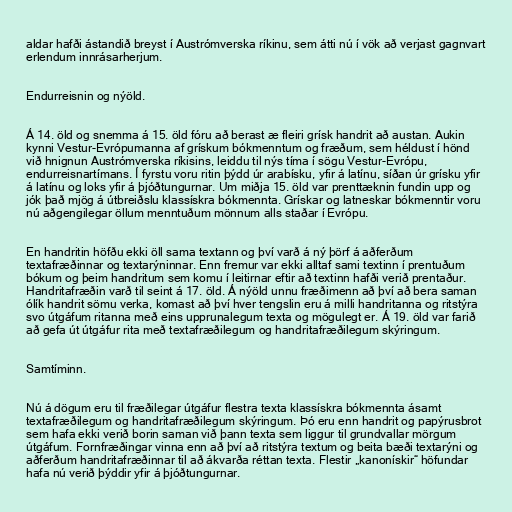
aldar hafði ástandið breyst í Austrómverska ríkinu, sem átti nú í vök að verjast gagnvart
erlendum innrásarherjum.

Endurreisnin og nýöld.

Á 14. öld og snemma á 15. öld fóru að berast æ fleiri grísk handrit að austan. Aukin
kynni Vestur-Evrópumanna af grískum bókmenntum og fræðum, sem héldust í hönd
við hnignun Austrómverska ríkisins, leiddu til nýs tíma í sögu Vestur-Evrópu,
endurreisnartímans. Í fyrstu voru ritin þýdd úr arabísku, yfir á latínu, síðan úr grísku yfir
á latínu og loks yfir á þjóðtungurnar. Um miðja 15. öld var prenttæknin fundin upp og
jók það mjög á útbreiðslu klassískra bókmennta. Grískar og latneskar bókmenntir voru
nú aðgengilegar öllum menntuðum mönnum alls staðar í Evrópu.

En handritin höfðu ekki öll sama textann og því varð á ný þörf á aðferðum
textafræðinnar og textarýninnar. Enn fremur var ekki alltaf sami textinn í prentuðum
bókum og þeim handritum sem komu í leitirnar eftir að textinn hafði verið prentaður.
Handritafræðin varð til seint á 17. öld. Á nýöld unnu fræðimenn að því að bera saman
ólík handrit sömu verka, komast að því hver tengslin eru á milli handritanna og ritstýra
svo útgáfum ritanna með eins upprunalegum texta og mögulegt er. Á 19. öld var farið
að gefa út útgáfur rita með textafræðilegum og handritafræðilegum skýringum.

Samtíminn.

Nú á dögum eru til fræðilegar útgáfur flestra texta klassískra bókmennta ásamt
textafræðilegum og handritafræðilegum skýringum. Þó eru enn handrit og papýrusbrot
sem hafa ekki verið borin saman við þann texta sem liggur til grundvallar mörgum
útgáfum. Fornfræðingar vinna enn að því að ritstýra textum og beita bæði textarýni og
aðferðum handritafræðinnar til að ákvarða réttan texta. Flestir „kanonískir“ höfundar
hafa nú verið þýddir yfir á þjóðtungurnar.